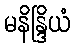
မနိန္ဒြိယံ